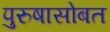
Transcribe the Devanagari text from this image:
पुरुषासोबत